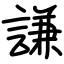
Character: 謙